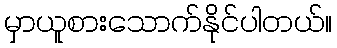
မှာယူစားသောက်နိုင်ပါတယ်။